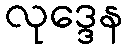
လုဒ္ဒေန